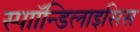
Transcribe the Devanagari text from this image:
स्पाॉन्डिलाइसिस